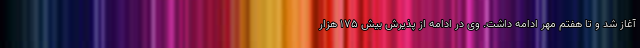
آغاز شد و تا هفتم مهر ادامه داشت. وی در ادامه از پذیرش بیش ۱۷۵ هزار